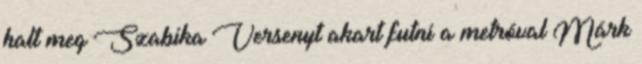
halt meg Szabika Versenyt akart futni a metróval Márk